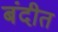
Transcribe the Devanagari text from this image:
बंदीत